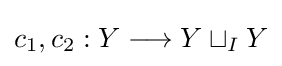
c_{1},c_{2}:Y\longrightarrow Y\sqcup _{I}Y